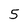
Character: 5